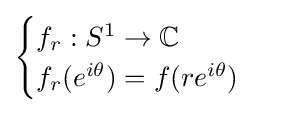
{\begin{cases}f_{r}:S^{1}\to \mathbb {C} \\f_{r}(e^{i\theta })=f(re^{i\theta })\end{cases}}